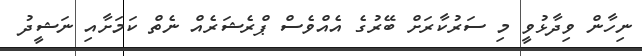
ނިހާން ވިދާޅުވީ މި ސަރުކާރަށް ބޭރުގެ އެއްވެސް ޕްރެޝަރެއް ނެތް ކަމަށާއި ނަޝީދު